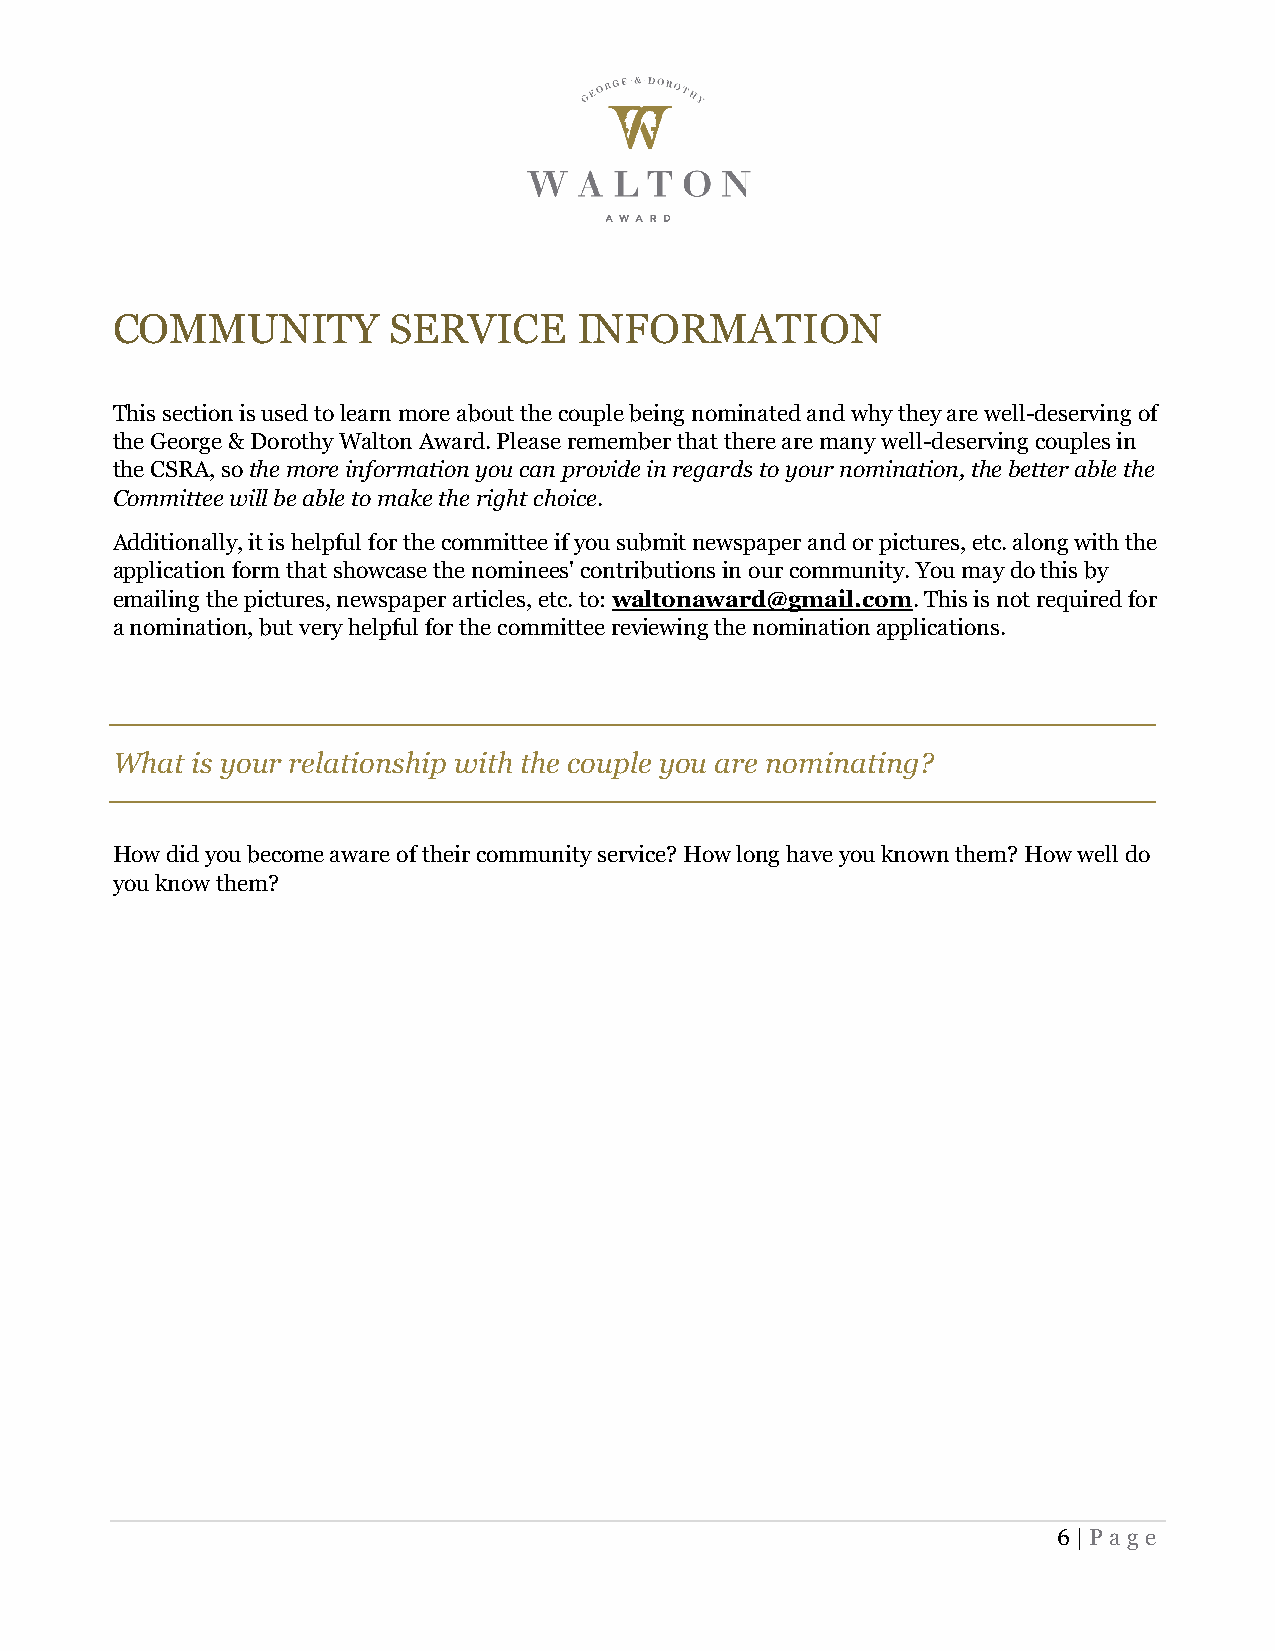
COMMUNITY          SERVICE     INFORMATION
 This section is used to learn more about the couple being nominated and why they are well-deserving of
 the George & Dorothy Walton Award. Please remember that there are many well-deserving couples in
 the CSRA, so the more information you can provide in regards to your nomination, the better able the
 Committee will be able to make the right choice.
 Additionally, it is helpful for the committee if you submit newspaper and or pictures, etc. along with the
 application form that showcase the nominees' contributions in our community. You may do this by
 emailing the pictures, newspaper articles, etc. to: waltonaward@gmail.com. This is not required for
 a nomination, but very helpful for the committee reviewing the nomination applications.
 What  is your relationship with the couple you are nominating?
 How did you become aware of their community service? How long have you known them? How well do
 you know them?
 6 | Page